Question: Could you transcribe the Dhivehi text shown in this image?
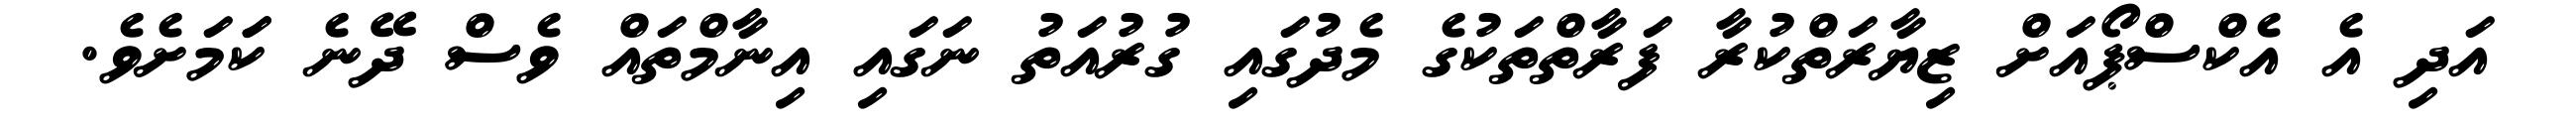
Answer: އަދި އެ އެކްސްޕޯއަށް ޒިޔާރަތްކުރާ ފަރާތްތަކުގެ މެދުގައި ގުރުއަތު ނަގައި އިނާމްތައް ވެސް ދޭނެ ކަަމަށެވެ.